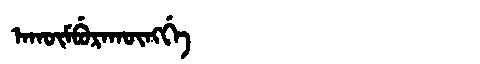
Manchu: ᠠᡴᡡᠮᠪᡠᡵᠠᡴᡡᠩᡤᡝ
Romanization: AKŪMBURAKŪNGGE